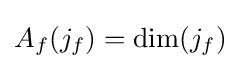
A_{f}(j_{f})=\dim(j_{f})